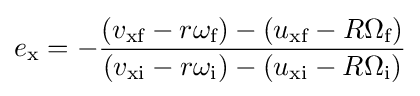
e_{\text{x}}=-{\frac {(v_{\text{xf}}-r\omega _{\text{f}})-(u_{\text{xf}}-R\Omega _{\text{f}})}{(v_{\text{xi}}-r\omega _{\text{i}})-(u_{\text{xi}}-R\Omega _{\text{i}})}}